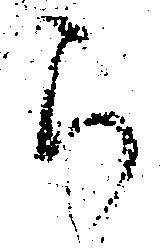
ら